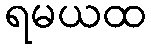
ရမယထ